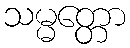
သမ္မတ္တော